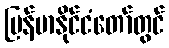
မြန်မာနိုင်ငံတော်တွင်